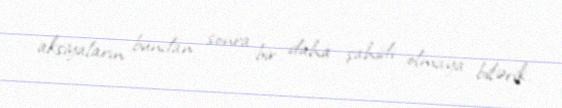
aksiyaların bundan sonra bir daha şahidi olmaya bilərik.